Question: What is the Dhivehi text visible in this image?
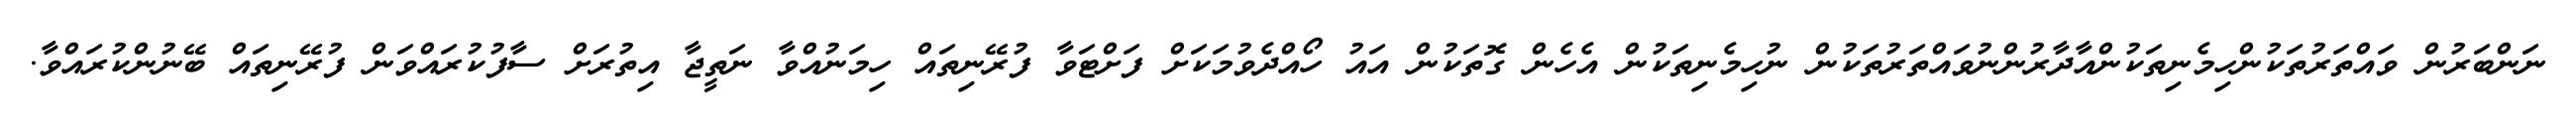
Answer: ނަންބަރުން ވައްތަރުތަކުންހިމެނިތަކުންއާދާރުންނުވައްތަރުތަކުން ނުހިމެނިތަކުން އެހެން ގޮތަކުން އައު ހޯއްދެވުމަކަށް ފަށްޓަވާ ފުރޭނިތައް ހިމަނުއްވާ ނަތީޖާ އިތުރަށް ސާފުކުރައްވަން ފުރޭނިތައް ބޭނުންކުރައްވާ.